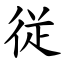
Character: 従